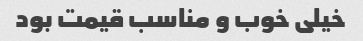
خیلی خوب و مناسب قیمت بود